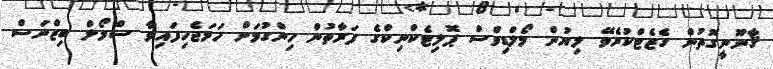
ޤާނޫނީގޮތުން ގެޒެޓްކުރެވޭ ލިޔުން މޯލްޑިވްސް ޕޮލިޓެކްނިކްގެ ފަރާތުން ހިންގުމަށް ހަމަޖެހިފައިވާ ސްމޯލް ބިޒްނަސް